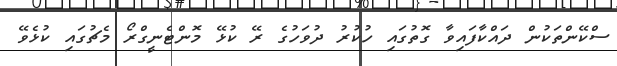
ސްކޭންތަކުން ދައްކާފައިވާ ގޮތުގައި ހުކުރު ދުވަހުގެ ރޭ ކުޅޭ މޮންޓެނީގްރޯ މެޗުގައި ކުޅެވޭ